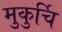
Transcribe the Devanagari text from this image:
मुकुर्चि